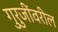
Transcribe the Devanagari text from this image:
गुरुजींवरील